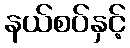
နယ်စပ်နှင့်